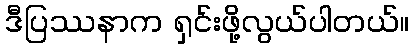
ဒီပြဿနာက ရှင်းဖို့လွယ်ပါတယ်။